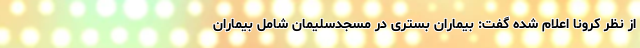
از نظر کرونا اعلام شده گفت: بیماران بستری در مسجدسلیمان شامل بیماران